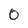
Character: O